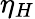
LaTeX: \eta_{H}